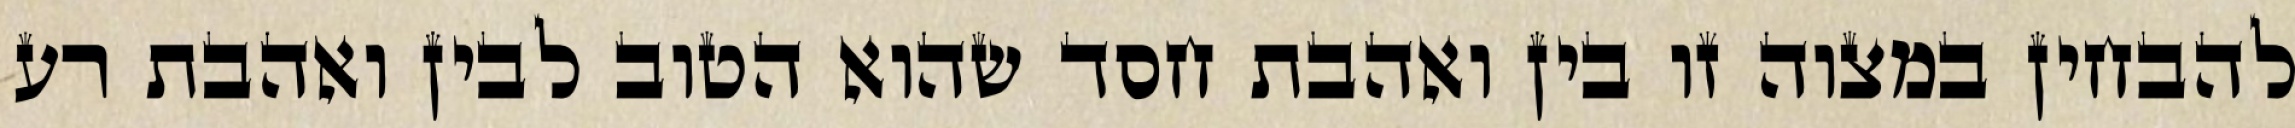
להבחין במצוה זו בין ואהבת חסד שהוא הטוב לבין ואהבת רע